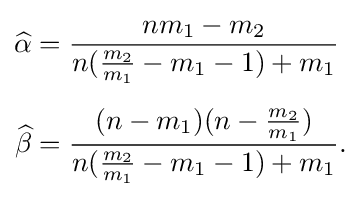
{\begin{aligned}{\widehat {\alpha }}&={\frac {nm_{1}-m_{2}}{n({\frac {m_{2}}{m_{1}}}-m_{1}-1)+m_{1}}}\\[5pt]{\widehat {\beta }}&={\frac {(n-m_{1})(n-{\frac {m_{2}}{m_{1}}})}{n({\frac {m_{2}}{m_{1}}}-m_{1}-1)+m_{1}}}.\end{aligned}}